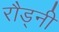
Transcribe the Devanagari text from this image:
रौड्नी